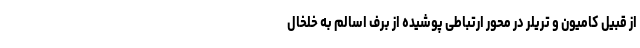
از قبیل کامیون و تریلر در محور ارتباطی پوشیده از برف اسالم به خلخال